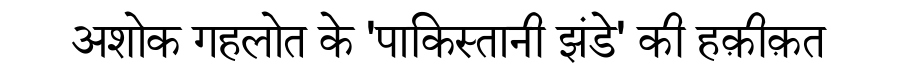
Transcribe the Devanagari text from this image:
अशोक गहलोत के 'पाकिस्तानी झंडे' की हक़ीक़त